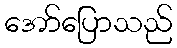
အော်ပြောသည်